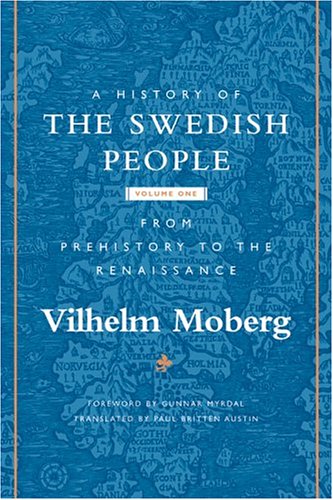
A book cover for A History of the Swedish People: Volume 1: From Prehistory to the Renaissance; Vilhelm Moberg; History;